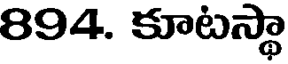
894. కూటస్థా